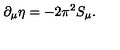
\partial _ { \mu } \eta = - 2 \pi ^ { 2 } S _ { \mu } .